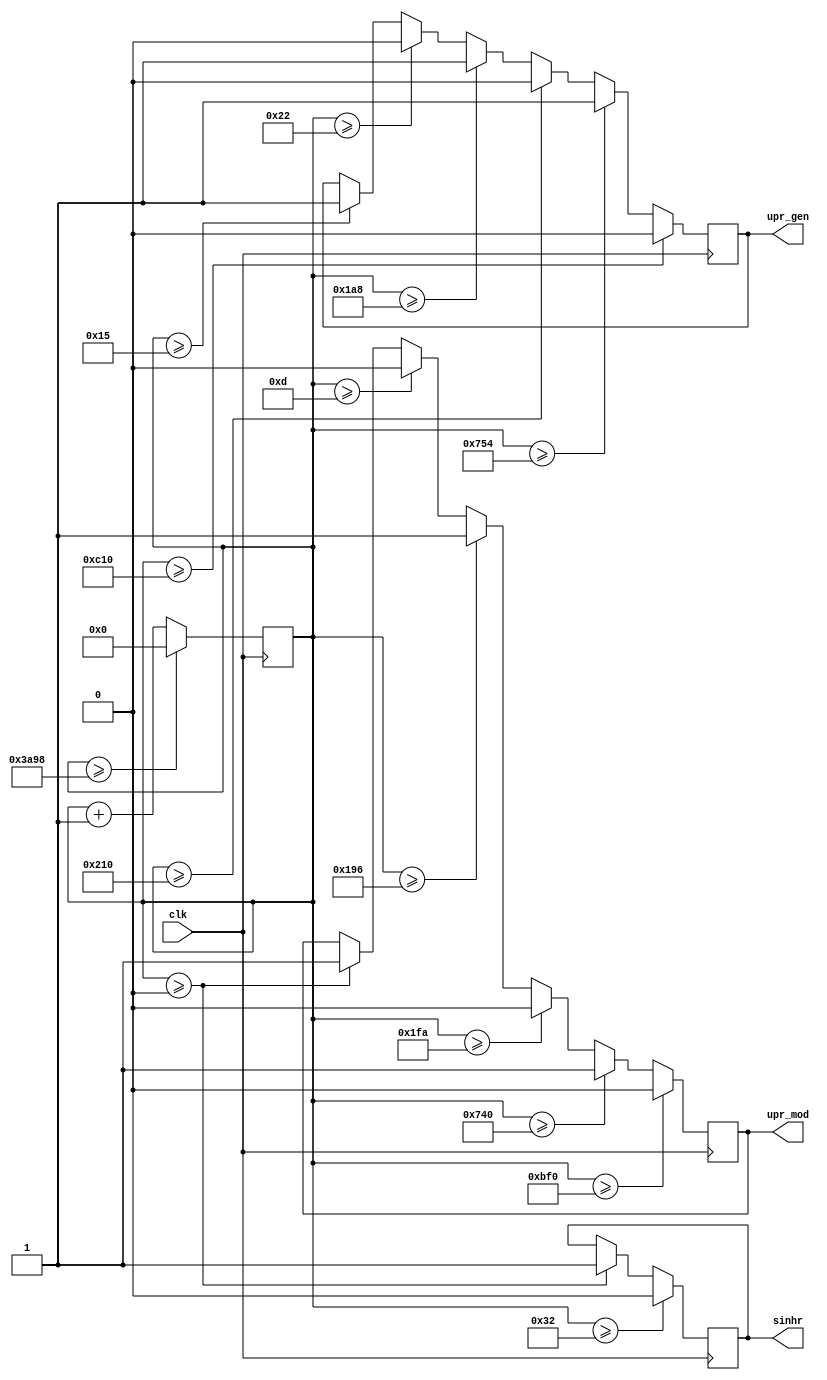
module dmrl3_signals(
			input clk,
			output reg upr_mod,
			output reg upr_gen,
			output reg sinhr
			); 
			
reg [14:0]timer;
integer const1 = 50;		


always @(posedge clk) begin    
	timer <= timer + 1'd1;
	if (timer >= 0) begin
		upr_mod <= 1;
		sinhr <= 1;
		end
	if (timer >= 13) begin
		upr_mod <= 0;
		end
	if (timer >= 21) begin
		upr_gen <= 1;
		end
	if (timer >= 34) begin
		upr_gen <= 0;
		end
		
	if (timer >= 50) begin
		sinhr <= 0;
		end
		
	if (timer >= const1 + 356) begin
		upr_mod <= 1;
		end
	if (timer >= 374 + const1) begin
		upr_gen <= 1;
		end
	if (timer >= 456 + const1) begin
		upr_mod <= 0;
		end
	if (timer >= 478 + const1) begin
		upr_gen <= 0;
		end
		
	if (timer >= 1806 + const1) begin
		upr_mod <= 1;
		end
	if (timer >= 1826 + const1) begin
		upr_gen <= 1;
		end
	if (timer >= 3006 + const1) begin
		upr_mod <= 0;
		end
	if (timer >= const1 + 3038) begin
		upr_gen <= 0;
		end
	
	if (timer >= 15000) begin
		timer <= 0;
		end
end
endmodule